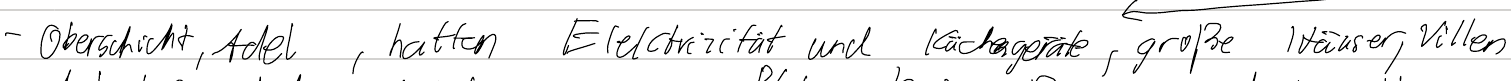
- Oberschicht, Adel, hatten Elektrizität und Küchengeräte, große Häuser, Villen